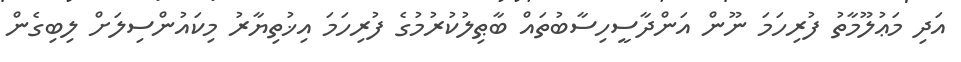
އަދި މަޢުލޫމާތު ފުރިހަމަ ނޫން އަންދާސީހިސާބުތައް ބާޠިލުކުރުމުގެ ފުރިހަމަ އިޚުތިޔާރު މިކައުންސިލަށް ލިބިގެން